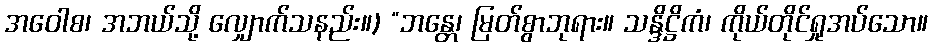
အဝေါစ၊ အဘယ်သို့ လျှောက်သနည်း။) “ဘန္တေ၊ မြတ်စွာဘုရား။ သန္ဒိဋ္ဌိကံ၊ ကိုယ်တိုင်ရှုအပ်သော။